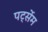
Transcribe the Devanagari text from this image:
पर्ट्सेम